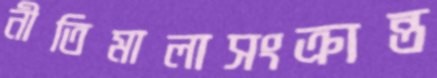
নীতিমালাসংক্রান্ত